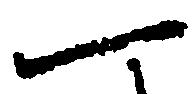
一